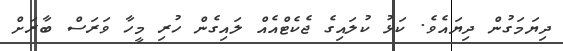
ދިޔަމަގުން ދިޔައެވެ. ކަޅު ކުލައިގެ ޖެކެޓްއެއް ލައިގެން ހުރި މީހާ ވަރަސް ބާރަށް